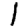
Digit: 1